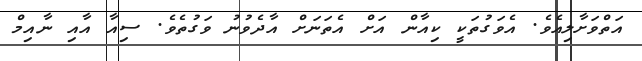
އަތްވަށާލިއެވެ. އެވަގުތަކީ ކިއާން އަށް އެތަނަށް އާދެވުނު ވަގުތެވެ. ސިއާ އާއި ނާއިމް